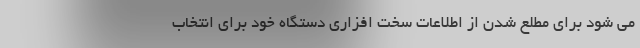
می شود برای مطلع شدن از اطلاعات سخت افزاری دستگاه خود برای انتخاب